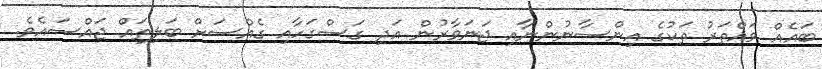
ބައެއް ވައްތަރު ތަކުގެ އިންސާނުންނާއި ޖަނަވާރުން އަދި ގަސްގަހާއި ގެއްސަށް ބަލިތައް ޖައްސައެވެ.